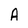
Character: A